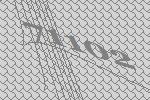
71102